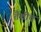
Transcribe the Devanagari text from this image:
तैशींच